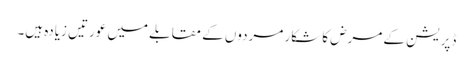
ڈپریشن کے مرض کا شکار مردوں کے مقابلے میں عورتیں زیادہ ہیں۔